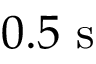
0 . 5 ~ \mathrm { s }